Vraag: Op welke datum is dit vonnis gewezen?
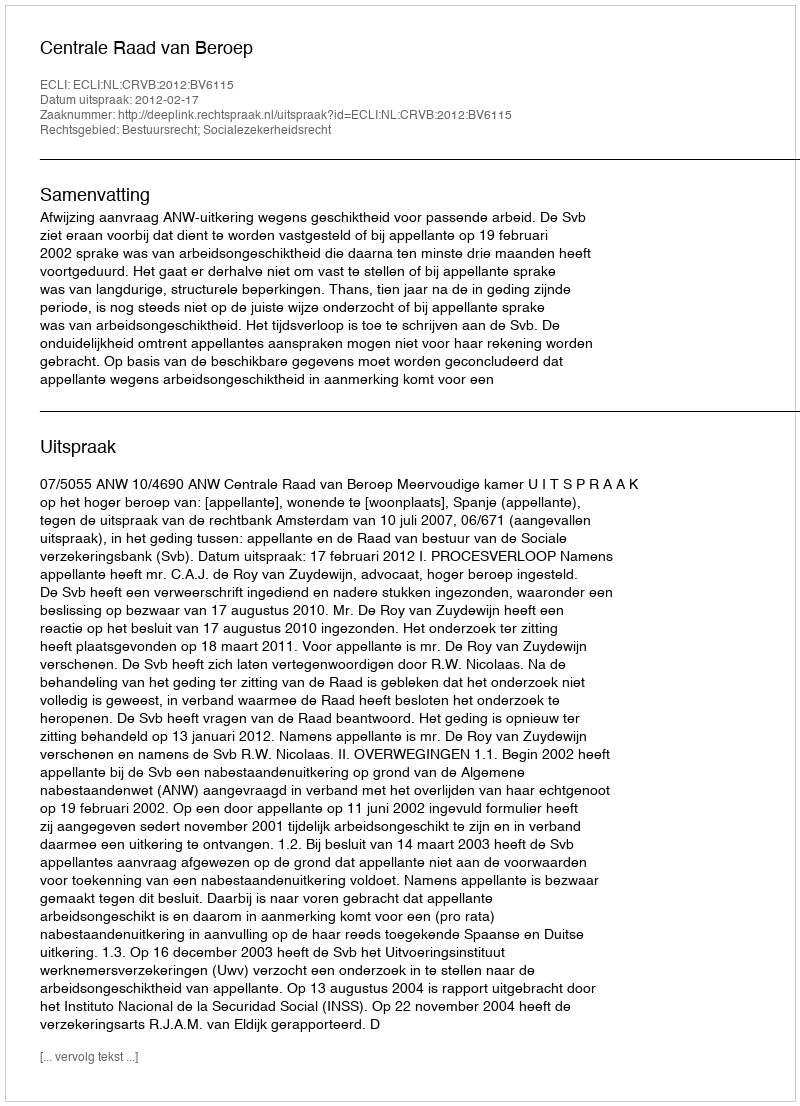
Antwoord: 2012-02-17